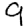
Digit: 9